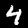
Label: 4